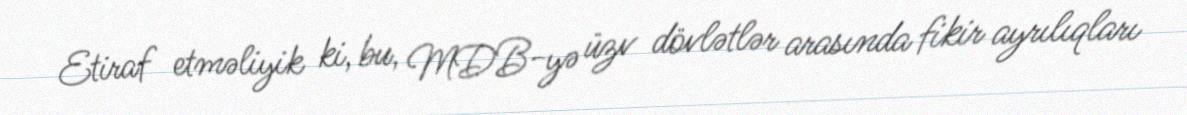
Etiraf etməliyik ki, bu, MDB-yə üzv dövlətlər arasında fikir ayrılıqları